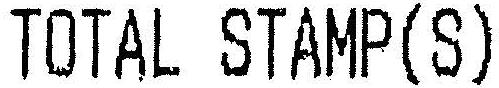
TOTAL STAMP(S)